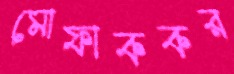
মোফাককর